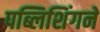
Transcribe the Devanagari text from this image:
पब्लिशिंगने